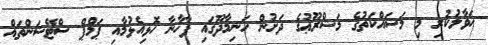
ޙަވާލުކުރި މި މަސައްކަތުގެ މަޝްރޫޢުގެ ދަށުން ހަނިމާދޫގައި ފާޚާނާ ހޮޅިއެޅުމާއި ޕަމްޕް ސްޓޭޝަންތައް